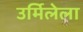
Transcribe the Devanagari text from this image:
उर्मिलेला